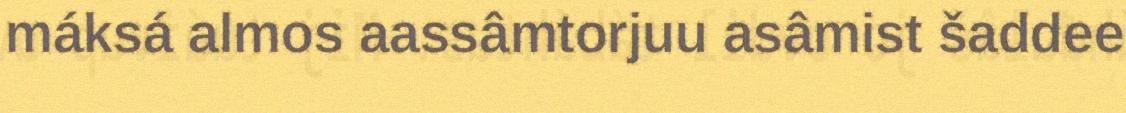
máksá almos aassâmtorjuu asâmist šaddee